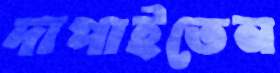
দাপাইতেন